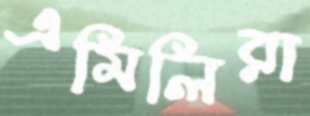
এমিলিরা